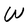
Character: W